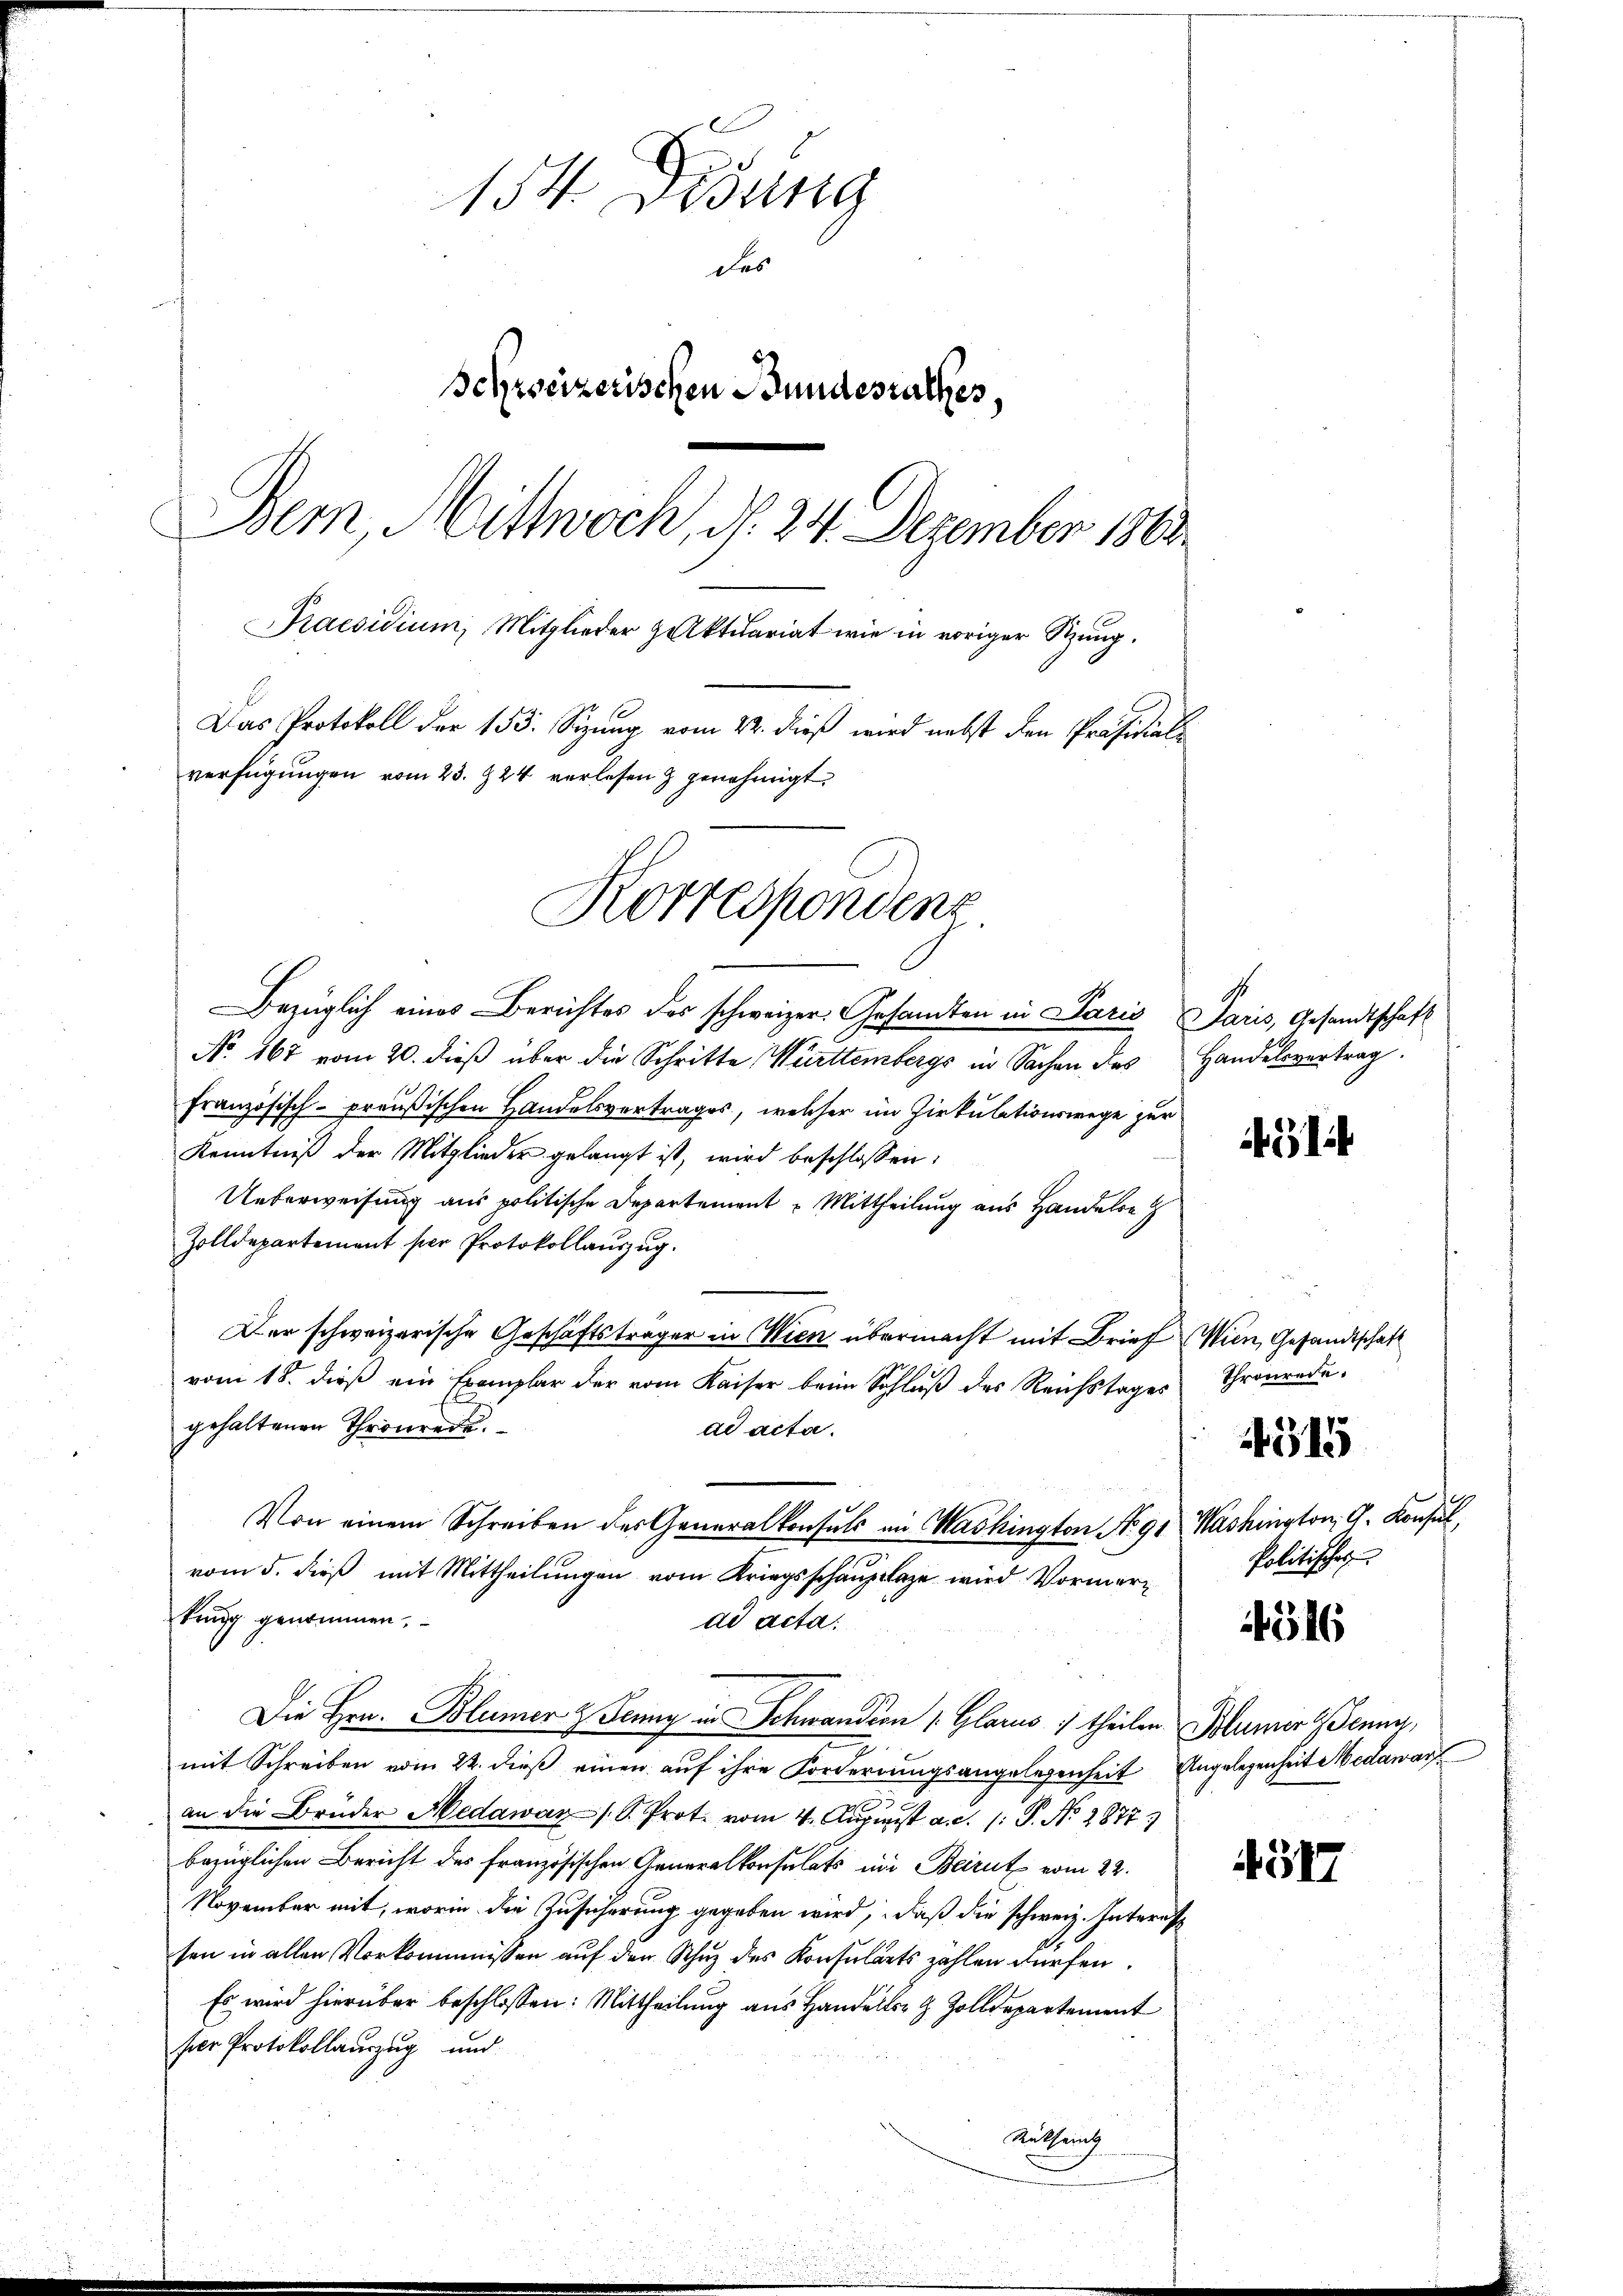
154. Desung
das
Schreizerischen Bundesrathes,
Bem, Mittwoch, d. 24. Dezember 1863.
Praesidium, Mitglieder Aktuariat wie in voriger Sizung.
Das Protokoll der 153. Sizung vom 22. dieß wird nebst den Präsidialverfügungen vom 23. 824 verlesen & genehmigt.

Bezüglich eines Berichtes des schweizer Gesandten in Paris Paris, Gesandtschaft
No. 167 vom 20. dieβ über die Schritte Württembergs in Sachen des Handelsvertrag
französisch-Preußischen Handelsvertrages, welcher im Zirkulationswege zur
Kenntniß der Mitglieder gelangt ist, wird beschlossen:
Ueberweisung aus politische Departement Mittheilung aus Handeln
Zolldepartement per Protokollauszug.
Der schweizerische Geschäftsträger in Wien übermacht mit Brief Wien, Gesandtschaft
vom 18. dieß ein Exemplar der vom Kaiser beim Schluß des Reichstages
gehaltenen Thronreche.
ad acta.
Von einem Schreiben des Generalkonsuls im Mashington No 91. Washington, G. Konsul,
vom 5. dieß mit Mittheilungen vom Kriegsschauptlage wird Vormerkung genommen,
ad acta
Die Hrn. Blümer & Jenny in Schwandern 1. Glarus, theilen Blümer enne,
mit Schreiben vom 22. dieβ einen auf ihre Forderrungsangelegenheit Angelegenheit Medawar
an die Brüder Medawar/K. Prot. vom 4. August a. d. 1. P. No. 1877.
bezüglichen Bericht des französischen Generalkonsulats in Beirut vom 22.
November mit, worin die Zusicherung gegeben wird, daß die schweiz. Interes
sen in allen Vorkommnissen auf den Schuz des Konsulats zählen dürfen.
Es wird hierüber beschlossen: Mittheilung aus Handels- & Zolldepartement
ser Protokollauszug und
Retent

Korrespondenz

14

Thronrede.

4315

Politisches

516

4517